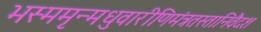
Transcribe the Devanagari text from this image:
भस्ममृन्मधुवारीणिमंत्रतस्तानिवैदश